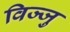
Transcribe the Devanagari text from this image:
विज्जु